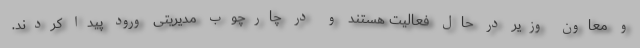
و معاون وزیر در حال فعالیت هستند و در چارچوب مدیریتی ورود پیدا کردند.